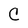
Character: C